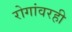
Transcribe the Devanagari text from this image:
रोगांवरही